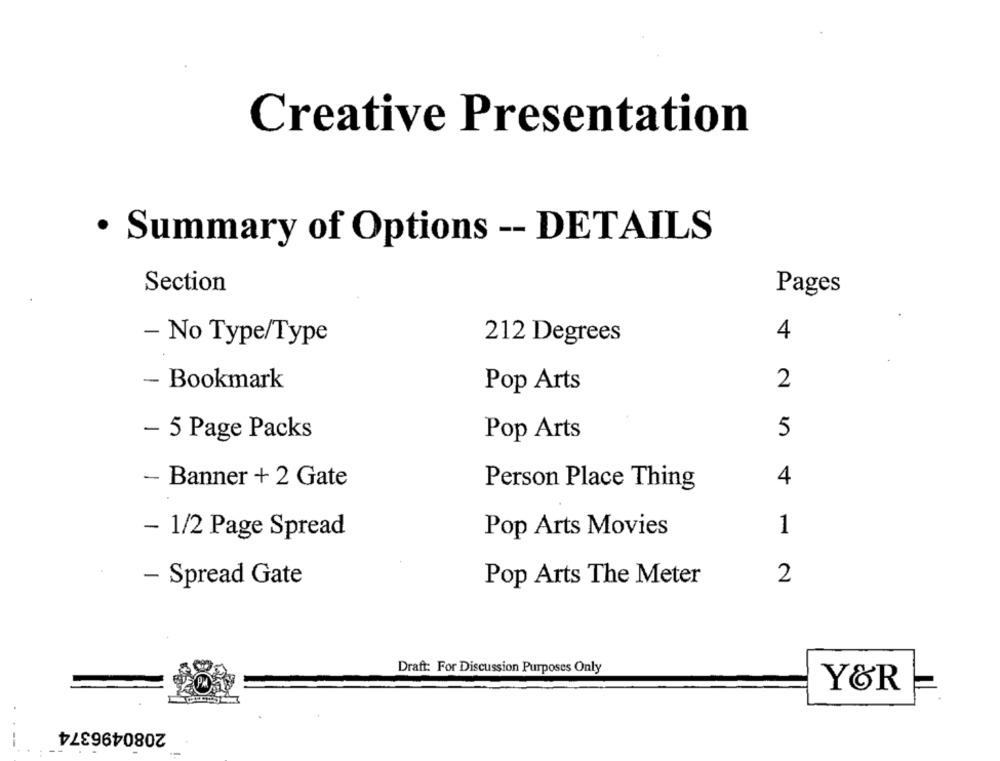
Creative Presentation
· Summary of Options -- DETAILS
Section
Pages
4
212 Degrees
- No Type/Type
- Bookmark
Pop Arts
2
5
- 5 Page Packs
Pop Arts
- Banner + 2 Gate
Person Place Thing
4
Pop Arts Movies
1
- 1/2 Page Spread
2
- Spread Gate
Pop Arts The Meter
Draft: For Discussion Purposes Only
Y&R
2080496374
-